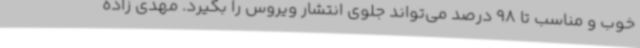
خوب و مناسب تا 98 درصد می‌تواند جلوی انتشار ویروس را بگیرد. مهدی زاده